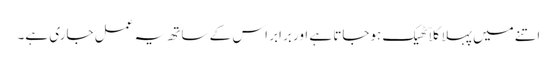
اتنے میں پہلا کلاّ ٹھیک ہوجاتا ہے اور برابر اس کے ساتھ یہ عمل جاری ہے۔